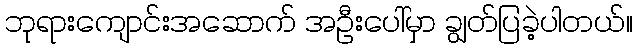
ဘုရားကျောင်းအဆောက် အဦးပေါ်မှာ ချွတ်ပြခဲ့ပါတယ်။